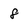
Character: 8